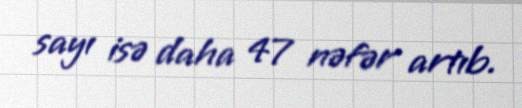
sayı isə daha 47 nəfər artıb.